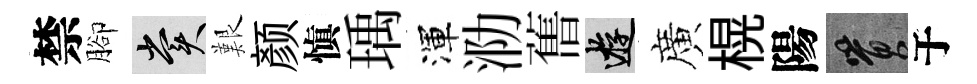
禁腳賞艱颜愼瑀渾泐𦾔游廣榥陽篔于